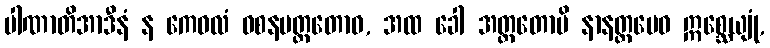
ပါဏာတိအာဒီနံ န ကေဝလံ ဝစနမတ္တတောဝ, အထ ခေါ အတ္ထတောပိ နာနတ္တမေဝ ဣစ္ဆေယျုံ,